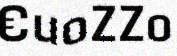
€uoZZo